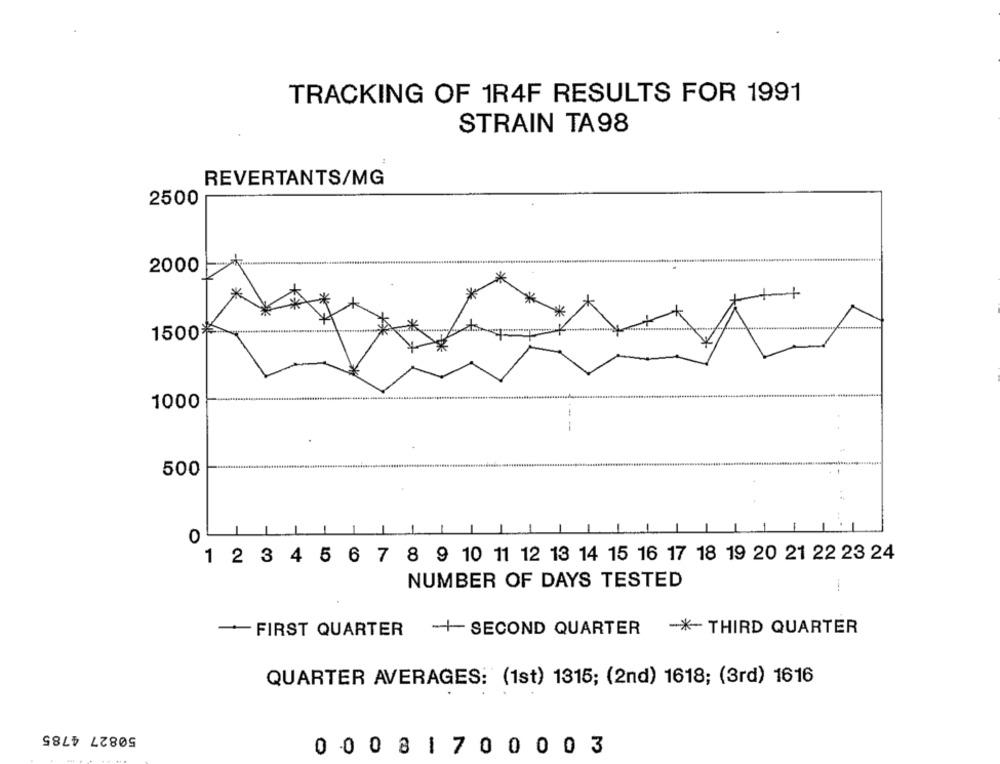
TRACKING OF 1R4F RESULTS FOR 1991
STRAIN TA98
REVERTANTS/MG
2500
2000
1500米
1000
--
500
0
1 2 3 4 5 6 7 8 9 10 11 12 13 14 15 16 17 18 19 20 21 22 23 24
NUMBER OF DAYS TESTED
-FIRST QUARTER
-+ SECOND QUARTER
-*- THIRD QUARTER
QUARTER AVERAGES: (1st) 1315; (2nd) 1618; (3rd) 1616
50827 4785
0 008 1 7 00 003